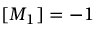
[ M _ { 1 } ] = - 1